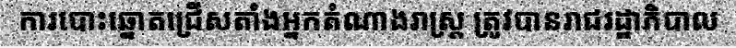
ការបោះឆ្នោតជ្រើសតាំងអ្នកតំណាងរាស្ត្រ ត្រូវបានរាជរដ្ឋាភិបាល